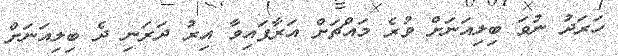
ހަރަދު ނުވަ ބިލިއަނަށް ވުރެ މައްޗަށް އަރާފައިވާ އިރު ދަރަނި ދެ ބިލިއަނަށް